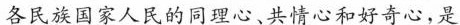
各民族国家人民的同理心、共情心和好奇心,是